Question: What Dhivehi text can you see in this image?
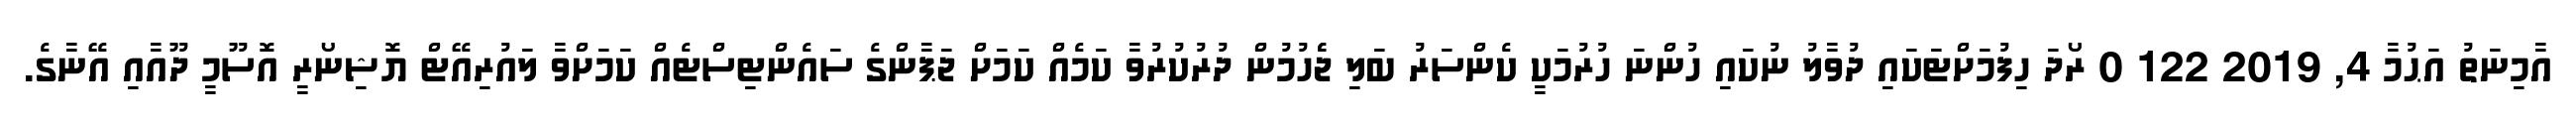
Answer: އާމިނަތު އަޙުމާ 4, 2019 122 0 ރޯދަ ހިފުމަށްޓަކައި ދުވާލު ނުކައި ހުންނަ ހުރުމަކީ ކެންސަރު ބަލި ޖެެހުމުން ދުރުކުރުވާ ކަމެއް ކަމަށް ޖަޕާންގެ ސައެންޓިސްޓެއް ކަމަށްވާ ލައުރިއޭޓް ޔޮޝިނޯރީ އޮސޫމީ ދޫއާއި އޭނާގެ.